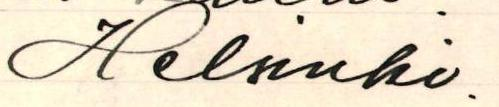
Helsinki.